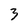
Character: 3